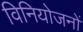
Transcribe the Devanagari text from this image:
विनियोजनों